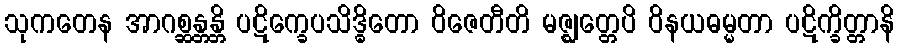
သုကတေန အာဂစ္ဆန္တန္တိ ပဋိက္ခေပသိဒ္ဓိတော ဝိဇေတီတိ မဇ္ဈတ္တေပိ ဝိနယဓမ္မတာ ပဋိက္ခိတ္တာနိ